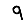
Digit: 9